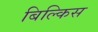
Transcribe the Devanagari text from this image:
बिल्किस